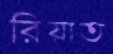
রিয়াত